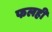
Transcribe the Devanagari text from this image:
फलही